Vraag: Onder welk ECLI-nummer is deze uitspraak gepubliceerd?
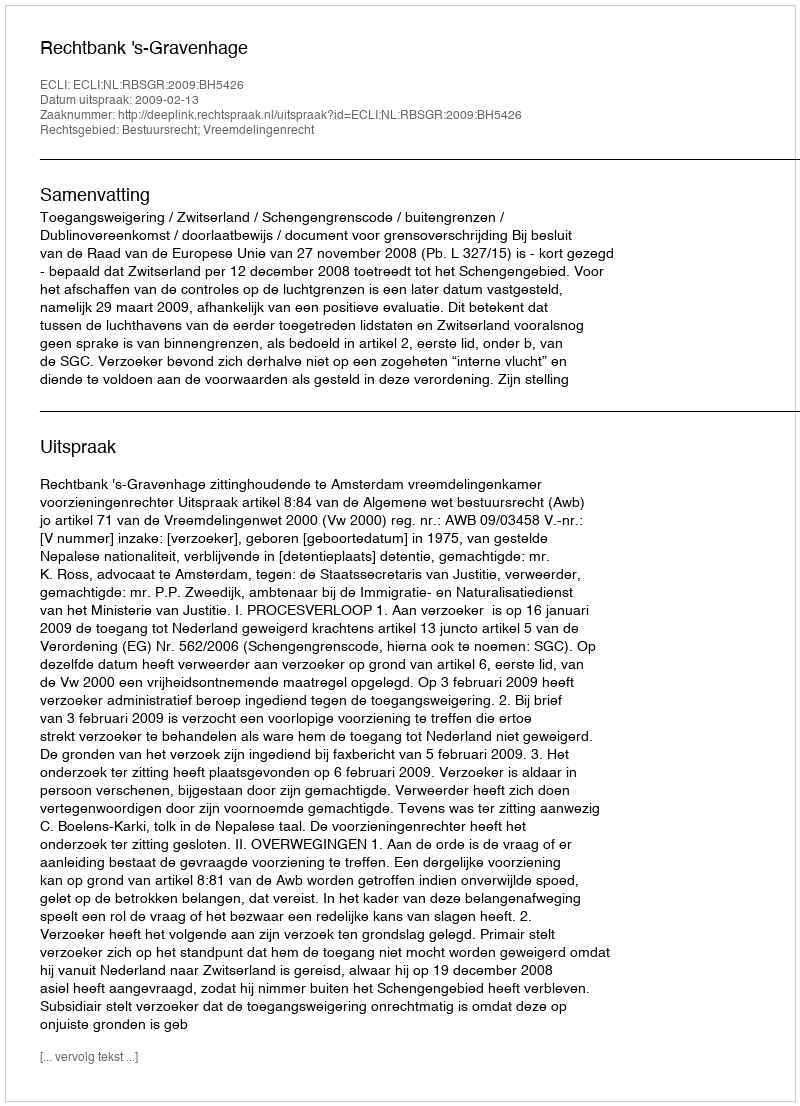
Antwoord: ECLI:NL:RBSGR:2009:BH5426